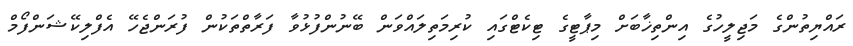
ރައްޔިތުންގެ މަޖިލީހުގެ އިންތިޚާބަށް މިޕާޓީގެ ޓިކެޓްގައި ކުރިމަތިލައްވަން ބޭނުންފުޅުވާ ފަރާތްތަކުން ފުރަންޖެހޭ އެފްލިކޭޝަންފޯމް